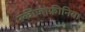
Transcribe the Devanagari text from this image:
स्‍कीजोफ्रीनिया